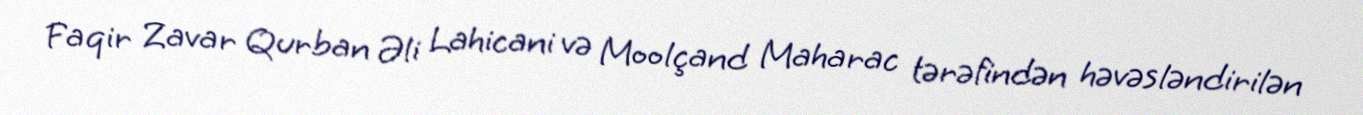
Faqir Zavar Qurban Əli Lahicani və Moolçand Maharac tərəfindən həvəsləndirilən